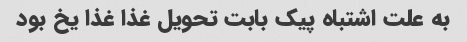
به علت اشتباه پیک بابت تحویل غذا غذا یخ بود